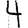
Digit: 4